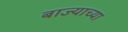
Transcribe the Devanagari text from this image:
बाज्याच्या